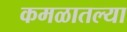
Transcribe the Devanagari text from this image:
कमळातल्या